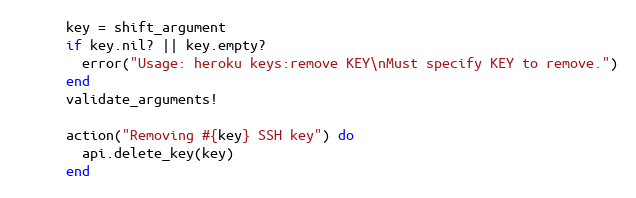
Language: Ruby
      key = shift_argument
      if key.nil? || key.empty?
        error("Usage: heroku keys:remove KEY\nMust specify KEY to remove.")
      end
      validate_arguments!

      action("Removing #{key} SSH key") do
        api.delete_key(key)
      end